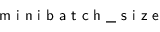
\textsf { m i n i b a t c h \_ s i z e }